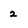
Character: 2